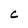
Character: C